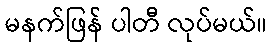
မနက်ဖြန် ပါတီ လုပ်မယ်။